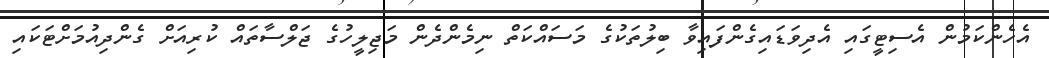
އެހެންކަމުން އެސިޓީގައި އެދިވަޑައިގެންފައިވާ ބިލުތަކުގެ މަސައްކަތް ނިމެންދެން މަޖިލީހުގެ ޖަލްސާތައް ކުރިއަށް ގެންދިއުމަށްޓަކައި